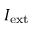
I _ { \mathrm { e x t } }